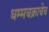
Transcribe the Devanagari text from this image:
धम्मचक्राचेच